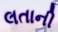
લતાની